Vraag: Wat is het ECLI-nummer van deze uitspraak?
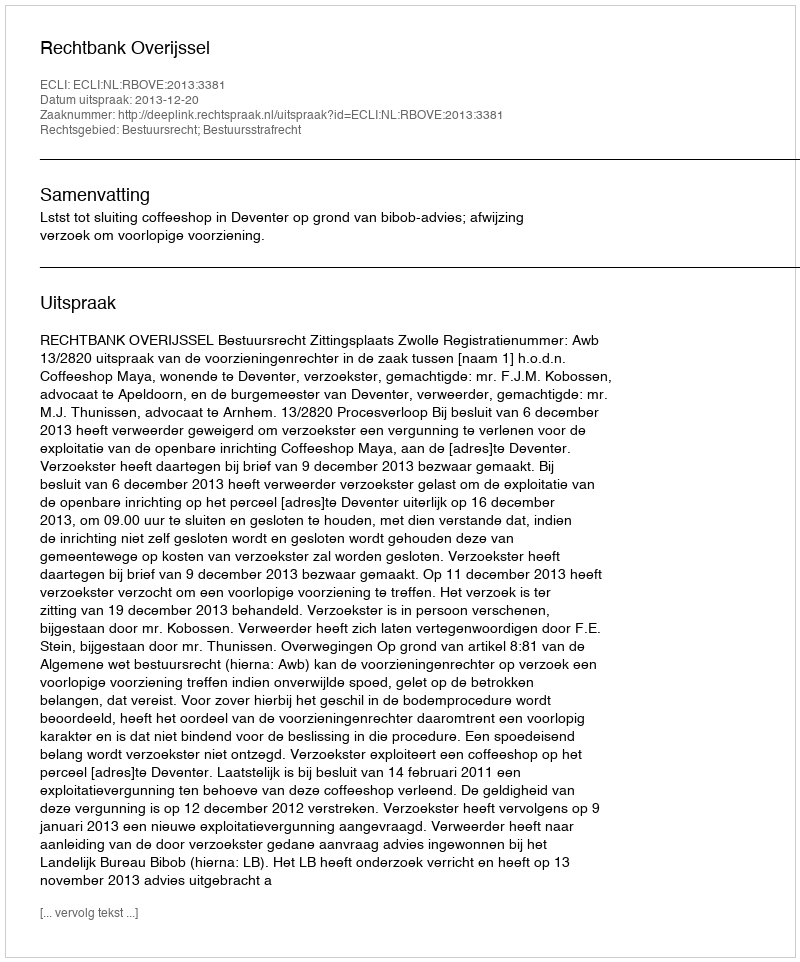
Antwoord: ECLI:NL:RBOVE:2013:3381